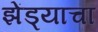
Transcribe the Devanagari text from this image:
झेंड्याचा